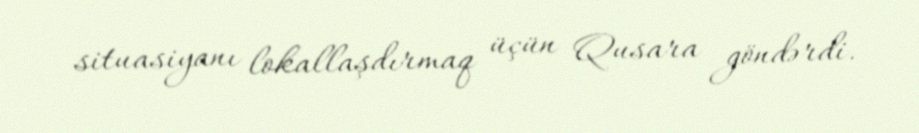
situasiyanı lokallaşdırmaq üçün Qusara göndərdi.